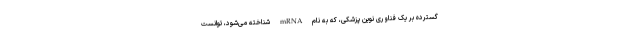
گسترده بر یک فناوری نوین پزشکی، که به نام mRNA شناخته می‌شود، توانست